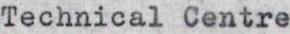
Technical Centre